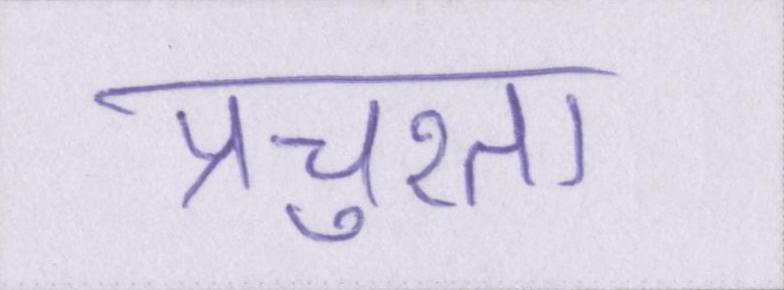
प्रचुरता